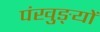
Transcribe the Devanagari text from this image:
पंखुङ्यों